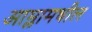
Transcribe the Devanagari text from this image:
आम्लामधील